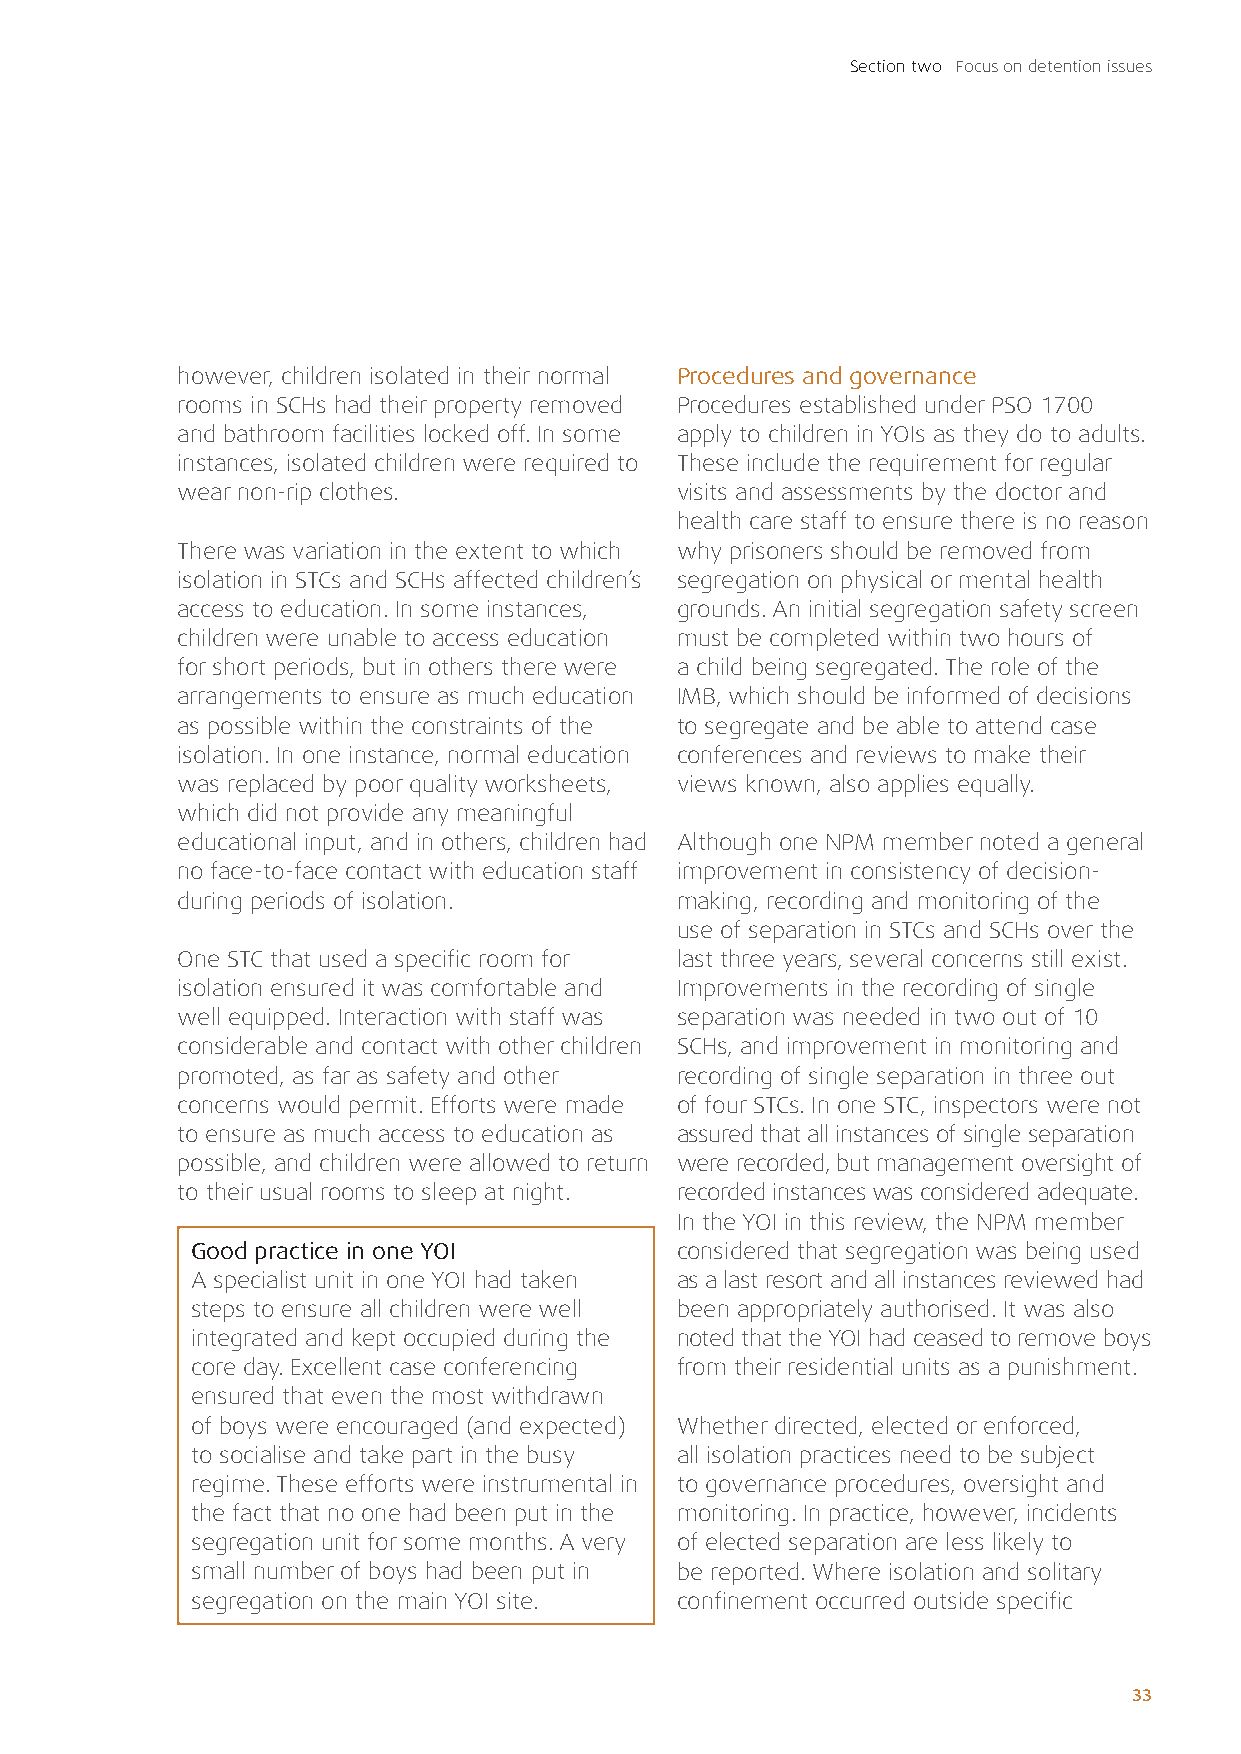
Section two Focus on detention issues
 however, children isolated in their normal Procedures and governance
 rooms in SCHs had their property removed Procedures established under PSO 1700
 and bathroom facilities locked off. In some apply to children in YOIs as they do to adults.
 instances, isolated children were required to These include the requirement for regular
 wear non-rip clothes.            visits and assessments by the doctor and
 health care staff to ensure there is no reason
 There was variation in the extent to which why prisoners should be removed from
 isolation in STCs and SCHs affected children’s segregation on physical or mental health
 access to education. In some instances, grounds. An initial segregation safety screen
 children were unable to access education must be completed within two hours of
 for short periods, but in others there were a child being segregated. The role of the
 arrangements to ensure as much education IMB, which should be informed of decisions
 as possible within the constraints of the to segregate and be able to attend case
 isolation. In one instance, normal education conferences and reviews to make their
 was replaced by poor quality worksheets, views known, also applies equally.
 which did not provide any meaningful
 educational input, and in others, children had Although one NPM member noted a general
 no face-to-face contact with education staff improvement in consistency of decision-
 during periods of isolation.     making, recording and monitoring of the
 use of separation in STCs and SCHs over the
 One STC that used a specific room for last three years, several concerns still exist.
 isolation ensured it was comfortable and Improvements in the recording of single
 well equipped. Interaction with staff was separation was needed in two out of 10
 considerable and contact with other children SCHs, and improvement in monitoring and
 promoted, as far as safety and other recording of single separation in three out
 concerns would permit. Efforts were made of four STCs. In one STC, inspectors were not
 to ensure as much access to education as assured that all instances of single separation
 possible, and children were allowed to return were recorded, but management oversight of
 to their usual rooms to sleep at night. recorded instances was considered adequate.
 In the YOI in this review, the NPM member
 Good practice in one YOI        considered that segregation was being used
 A specialist unit in one YOI had taken as a last resort and all instances reviewed had
 steps to ensure all children were well been appropriately authorised. It was also
 integrated and kept occupied during the noted that the YOI had ceased to remove boys
 core day. Excellent case conferencing from their residential units as a punishment.
 ensured that even the most withdrawn
 of boys were encouraged (and expected) Whether directed, elected or enforced,
 to socialise and take part in the busy all isolation practices need to be subject
 regime. These efforts were instrumental in to governance procedures, oversight and
 the fact that no one had been put in the monitoring. In practice, however, incidents
 segregation unit for some months. A very of elected separation are less likely to
 small number of boys had been put in be reported. Where isolation and solitary
 segregation on the main YOI site. confinement occurred outside specific
 33